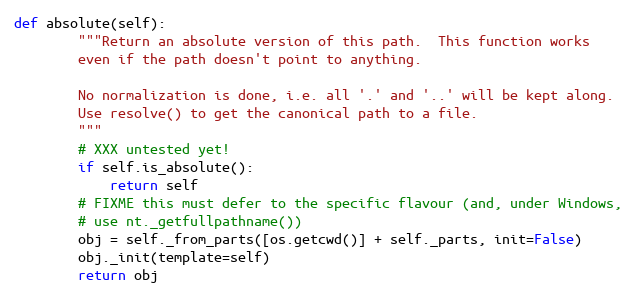
Language: Python
def absolute(self):
        """Return an absolute version of this path.  This function works
        even if the path doesn't point to anything.

        No normalization is done, i.e. all '.' and '..' will be kept along.
        Use resolve() to get the canonical path to a file.
        """
        # XXX untested yet!
        if self.is_absolute():
            return self
        # FIXME this must defer to the specific flavour (and, under Windows,
        # use nt._getfullpathname())
        obj = self._from_parts([os.getcwd()] + self._parts, init=False)
        obj._init(template=self)
        return obj